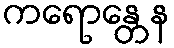
ကရောန္တေန